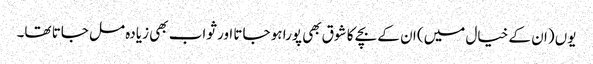
یوں (ان کے خیال میں) ان کے بچے کا شوق بھی پورا ہو جاتا اور ثواب بھی زیادہ مل جاتا تھا۔